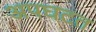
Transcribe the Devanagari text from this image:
अपघटत